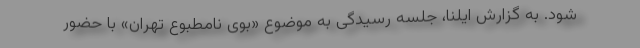
شود. به گزارش ایلنا، جلسه رسیدگی به موضوع «بوی نامطبوع تهران» با حضور